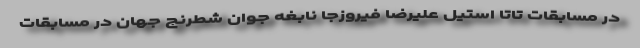
در مسابقات تاتا استیل علیرضا فیروزجا نابغه جوان شطرنج جهان در مسابقات